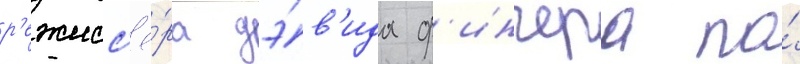
р'ежисс'ё́ра дэ́в'ида ф'инчера по́